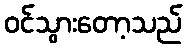
ဝင်သွားတော့သည်